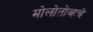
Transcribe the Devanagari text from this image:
मोलोतोव्हचे